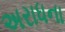
અરાધના